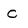
Character: C